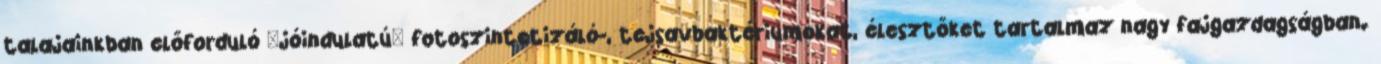
talajainkban előforduló "jóindulatú" fotoszintetizáló-, tejsavbaktériumokat, élesztőket tartalmaz nagy fajgazdagságban.